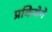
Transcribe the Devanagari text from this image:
प्रकियेने